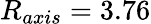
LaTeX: R_{axis}=3.76